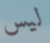
ليس